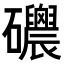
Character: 𥗸